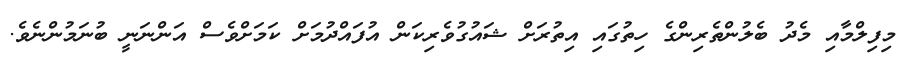
މިފިލްމާއި މެދު ބެލުންތެރިންގެ ހިތުގައި އިތުރަށް ޝައުގުވެރިކަން އުފައްދުމަށް ކަމަށްވެސް އަންނަނީ ބުނަމުންނެވެ.